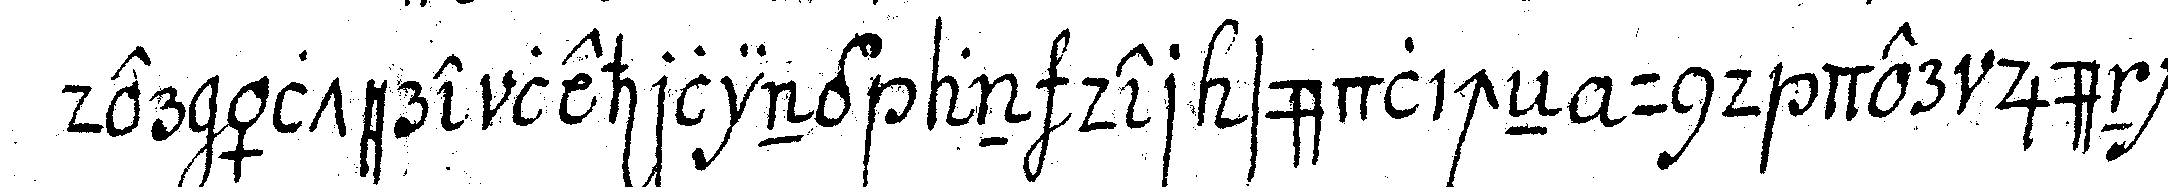
der ältere lehrling an der südlicheN und der jünge